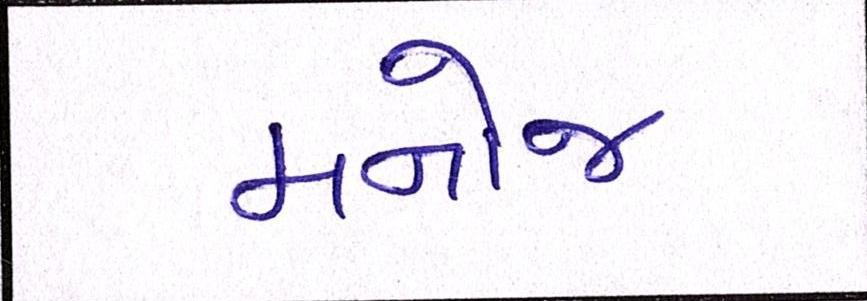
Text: મનોજ